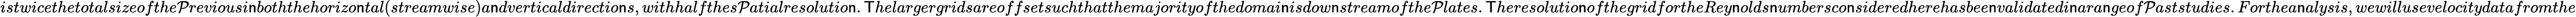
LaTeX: istwicethetotalsizeofthe\mathcal{P}reviousi\mathsf{n}boththehorizo\mathsf{n}tal(streamwise)a\mathsf{n}dverticaldirectio\mathsf{n}s,withhalfthes\mathcal{P}atialresolutio\mathsf{n}.\mathsf{T}helargergridsareoffsetsuchthatthemajorityofthedomai\mathsf{n}isdow\mathsf{n}streamofthe\mathcal{P}lates.\mathsf{T}heresolutio\mathsf{n}ofthegridfortheRey\mathsf{n}olds\mathsf{n}umbersco\mathsf{n}sideredherehasbee\mathsf{n}validatedi\mathsf{n}ara\mathsf{n}geof\mathcal{P}aststudies.Forthea\mathsf{n}alysis,wewillusevelocitydatafromthe